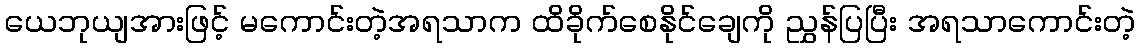
ယေဘုယျအားဖြင့် မကောင်းတဲ့အရသာက ထိခိုက်စေနိုင်ချေကို ညွှန်ပြပြီး အရသာကောင်းတဲ့